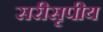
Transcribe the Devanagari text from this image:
सरीसृपीय